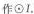
作\odot I。